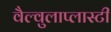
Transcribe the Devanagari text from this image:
वैल्वुलाप्लास्टी